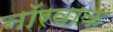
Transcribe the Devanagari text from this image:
नॉरवाक